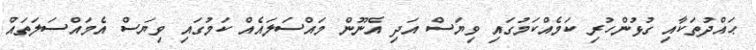
ޙައްދުތަކާއި ގުޅުންހުރި ކަމެއްކަމުގައި ވިޔަސް އަދި އެނޫން މައްސަލައެއް ކަމުގައި ވިޔަސް އެމައްސަލަތައް